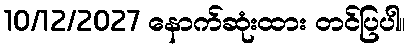
10/12/2027 နောက်ဆုံးထား တင်ပြပါ။